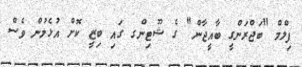
ފިލްމް "ބަޖްރަންގީ ބާއީޖާން" ގެ ޝޫޓިންގ ގައި ބިޒީ ކޮށް އުޅެމުން ވެސް